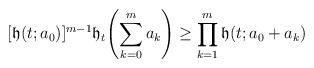
LaTeX: \begin{align*}[\mathfrak{h}(t;a_0)]^{m-1}\mathfrak{h}_t\Biggl(\sum_{k=0}^ma_k\Biggr)\ge \prod_{k=1}^m\mathfrak{h}(t;a_0+a_k)\end{align*}